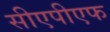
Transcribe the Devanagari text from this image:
सीएपीएफ